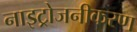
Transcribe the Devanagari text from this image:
नाइट्रोजनीकरण